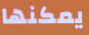
يمكنها